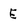
Character: E